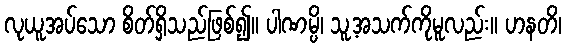
လုယူအပ်သော စိတ်ရှိသည်ဖြစ်၍။ ပါဏမ္ပိ၊ သူ့အသက်ကိုမူလည်း။ ဟနတိ၊